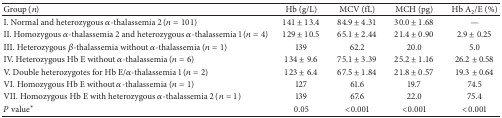
| Group (n) | Hb (g/L) | MCV (fL) | MCH (pg) | Hb A2/E (%) |
 | --- | --- | --- | --- | --- |
 | I. Normal and heterozygous α-thalassemia 2 (n = 101) | 141 ± 13.4 | 84.9 ± 4.31 | 30.0 ± 1.68 | — |
 | II. Homozygous α-thalassemia 2 and heterozygous α-thalassemia 1 (n = 4) | 129 ± 10.5 | 65.1 ± 2.44 | 21.4 ± 0.90 | 2.9 ± 0.25 |
 | III. Heterozygous β-thalassemia without α-thalassemia (n = 1) | 139 | 62.2 | 20.0 | 5.0 |
 | IV. Heterozygous Hb E without α-thalassemia (n = 6) | 134 ± 9.6 | 75.1 ± 3.39 | 25.2 ± 1.16 | 26.2 ± 0.58 |
 | V. Double heterozygotes for Hb E/α-thalassemia 1 (n = 2) | 123 ± 6.4 | 67.5 ± 1.84 | 21.8 ± 0.57 | 19.3 ± 0.64 |
 | VI. Homozygous Hb E without α-thalassemia (n = 1) | 127 | 61.6 | 19.7 | 74.5 |
 | VII. Homozygous Hb E with heterozygous α-thalassemia 2 (n = 1) | 139 | 67.6 | 22.0 | 75.4 |
 | P value∗ | 0.05 | <0.001 | <0.001 | <0.001 |